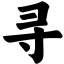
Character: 寻